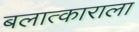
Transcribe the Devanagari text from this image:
बलात्‍काराला